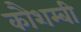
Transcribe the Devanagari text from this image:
कौशम्बी